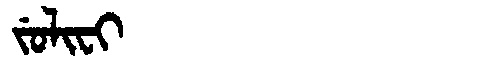
Manchu: ᠵᡠᠯᡳᠸᡳ
Romanization: JULIFI